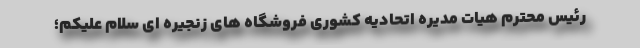
رئیس محترم هیات مدیره اتحادیه کشوری فروشگاه های زنجیره ای سلام علیکم؛